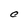
Character: C